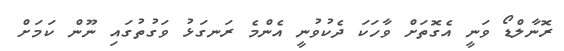
ރޮނާލްޑޯ ވަނީ އެގޮތަށް ވާހަކަ ދެކުވުނީ އެންމެ ރަނގަޅު ވަގުތުގައި ނޫން ކަމަށް